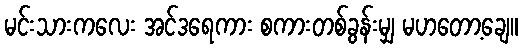
မင်းသားကလေး အင်ဒရေကား စကားတစ်ခွန်းမျှ မဟတော့ချေ။